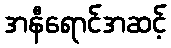
အနီရောင်အဆင့်